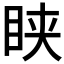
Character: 𥅴